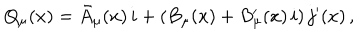
Q _ { \mu } ( x ) = \bar { A } _ { \mu } ( x ) \, i + \left( B _ { \mu } ( x ) + B _ { \mu } ^ { \prime } ( x ) \, i \right) j ^ { \prime } ( x ) \, ,